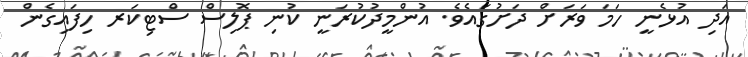
އަދި އުޅެނީ ހަމަ ވަރަށް ދަށުގައެވެ. އުންމީދުކުރަނީ ކުނި ޕޮލިސް ސްޓިކަރ ހިފައިގެން